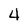
Character: 4